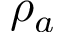
\rho _ { a }